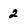
Character: 2